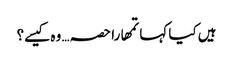
ہیں کیا کہا تمھارا حصہ… وہ کیسے؟